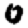
Digit: 0